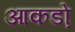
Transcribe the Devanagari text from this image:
आकडो़